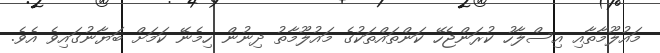
މައުލޫމާތާއި އިސްލާހު ކުރަންޖެހޭ ކަންތައްތަކުގެ މައުލޫމާތު ދިނުން ހިމެނޭ ކަމަށް ބަޔާނުގައިވެ އެވެ.